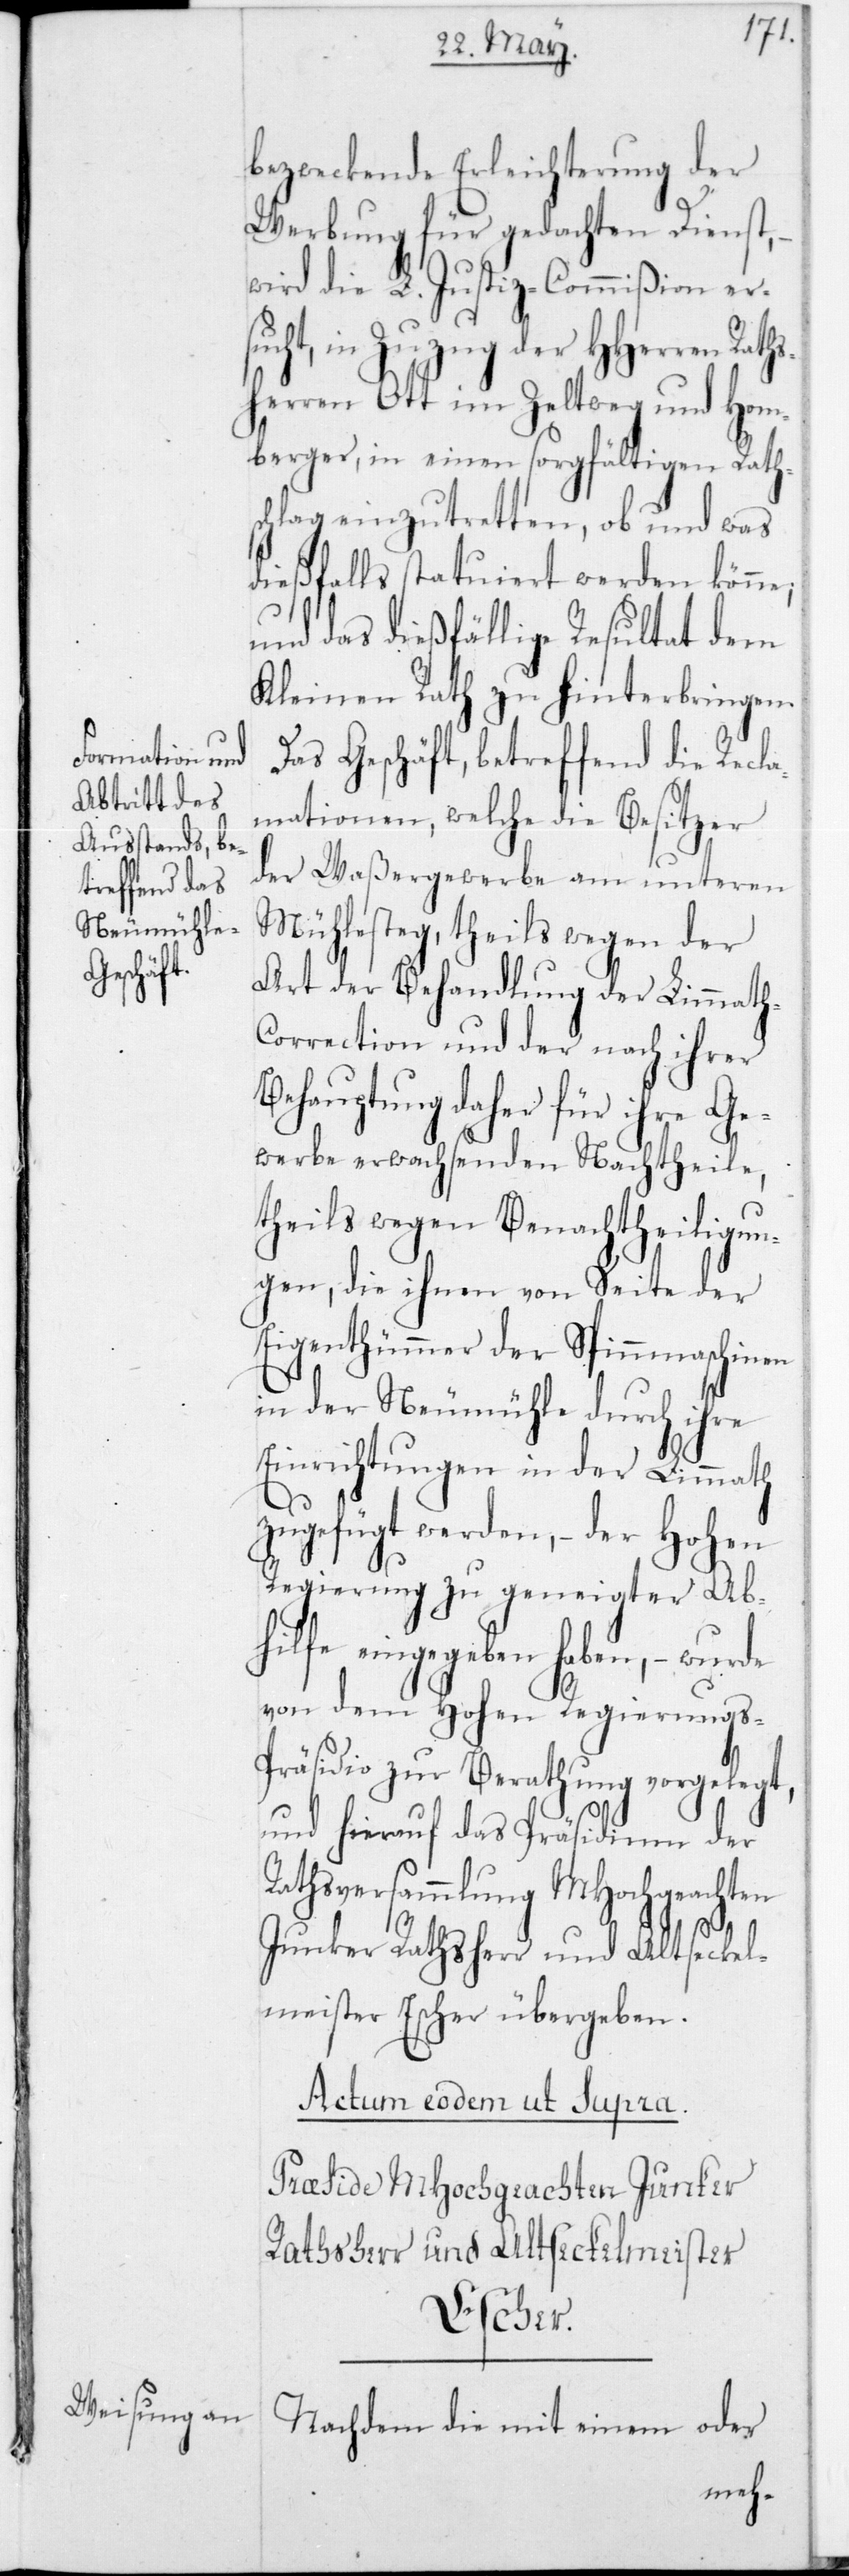
bezweckende Erleichterung der
Werbung für gedachten Dienst,
wird die L. Justiz-Commißion er¬
t, in Zuzug der HHerren Rat¬
hsherren Ott im Zeltweg und Hom¬
berger, in einen sorgfältigen Rath¬
schlag einzutretten, ob und was
dießfalls statuiert werden könne,
und das dießfällige Resultat dem
Kleinen Rath zu hinterbringen.
Das Geschäft, betreffend die Recl¬
amationen, welche die Besitzer
der Waßergewerbe am unteren
Mühlesteg, theils wegen der
Art der Behandlung der Limmath-C¬
orrection und der nach ihrer
Behauptung daher für ihre Ge¬
werbe erwachsenden Nachtheile,
theils wegen Benachtheiligun¬
gen, die ihnen von Seite der
Eigenthümmer der Spinnmaschinen
in der Neumühle durch ihre
Einrichtungen in der Limmath
zugefügt werden, – der Hohen
Regierung zu geneigter Ab¬
hilfe eingegeben haben, –
von dem Hohen Regierungs-P¬
räsidio zur Berathung vorgelegt,
und hierauf das Präsidium der
Rathsversammlung MHochgeachten
Junker Rathsherr und Altseckel¬
meister Escher übergeben.
Nachdem die mit einem oder
such¬